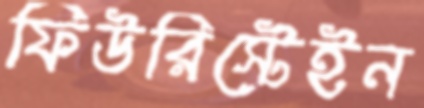
ফিউরিস্টেইন